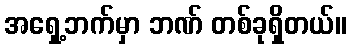
အရှေ့ဘက်မှာ ဘဏ် တစ်ခုရှိတယ်။